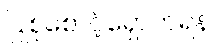
ပြုစုစောင့်ရှောက်ရန်